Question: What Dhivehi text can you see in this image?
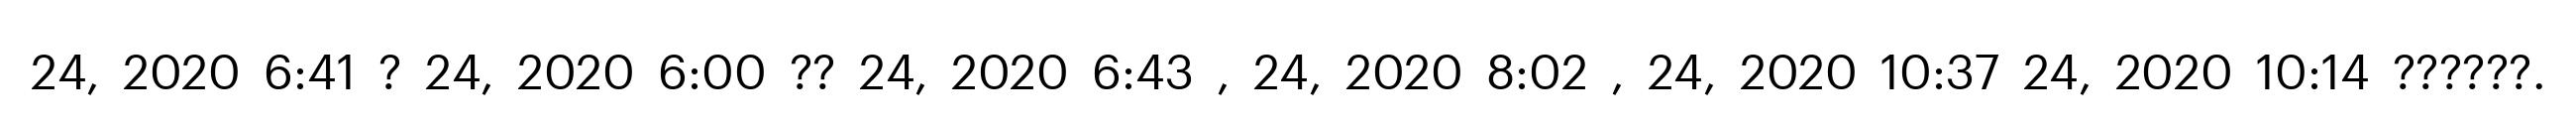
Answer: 24, 2020 6:41 ? 24, 2020 6:00 ?? 24, 2020 6:43 , 24, 2020 8:02 , 24, 2020 10:37 24, 2020 10:14 ??????.